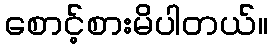
စောင့်စားမိပါတယ်။